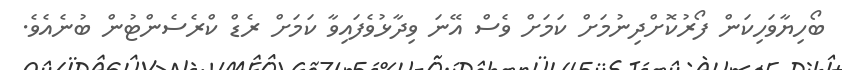
ބޯހިޔާވަހިކަން ފޯރުކޮށްދިނުމަށް ކަމަށް ވެސް އޭނަ ވިދާޅުވެފައިވާ ކަމަށް ރެޑް ކްރެސެންޓުން ބުނެއެވެ.